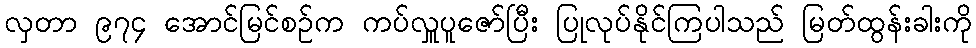
လှတာ ၉၇၄ အောင်မြင်စဉ်က ကပ်လှူပူဇော်ပြီး ပြုလုပ်နိုင်ကြပါသည် မြတ်ထွန်းခါးကို